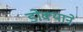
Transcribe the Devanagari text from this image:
डोक्याने